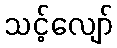
သင့်လျော်